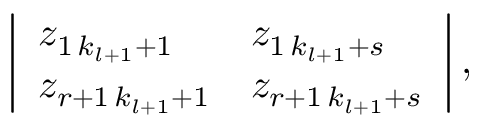
\begin{array} { r } { \left| \begin{array} { l l } { z _ { 1 \, k _ { l + 1 } + 1 } } & { z _ { 1 \, k _ { l + 1 } + s } } \\ { z _ { r + 1 \, k _ { l + 1 } + 1 } } & { z _ { r + 1 \, k _ { l + 1 } + s } } \end{array} \right| , } \end{array}